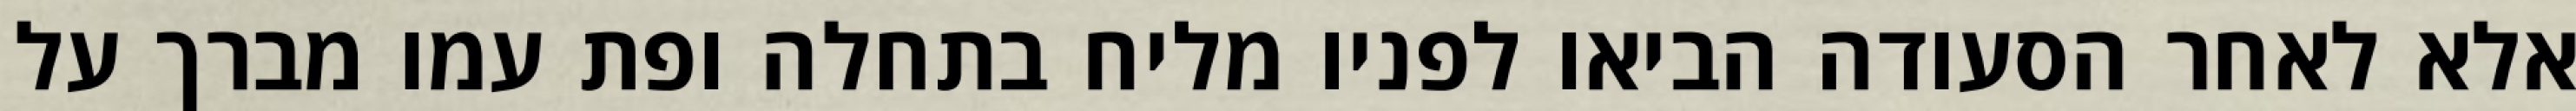
אלא לאחר הסעודה הביאו לפניו מליח בתחלה ופת עמו מברך על